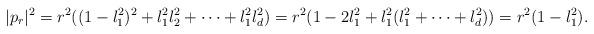
LaTeX: \begin{align*}|p_r|^2=r^2((1-l_1^2)^2+l_1^2l_2^2+\cdots+l_1^2l_d^2)=r^2(1-2l_1^2+l_1^2(l_1^2+\cdots+l_d^2))=r^2(1-l_1^2).\end{align*}